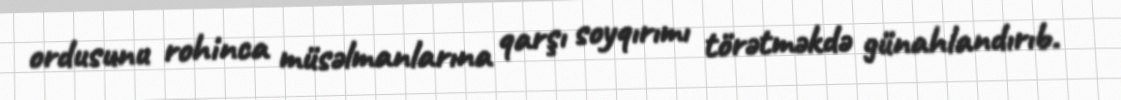
ordusunu rohinca müsəlmanlarına qarşı soyqırımı törətməkdə günahlandırıb.